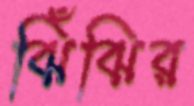
ঝিঁঝির